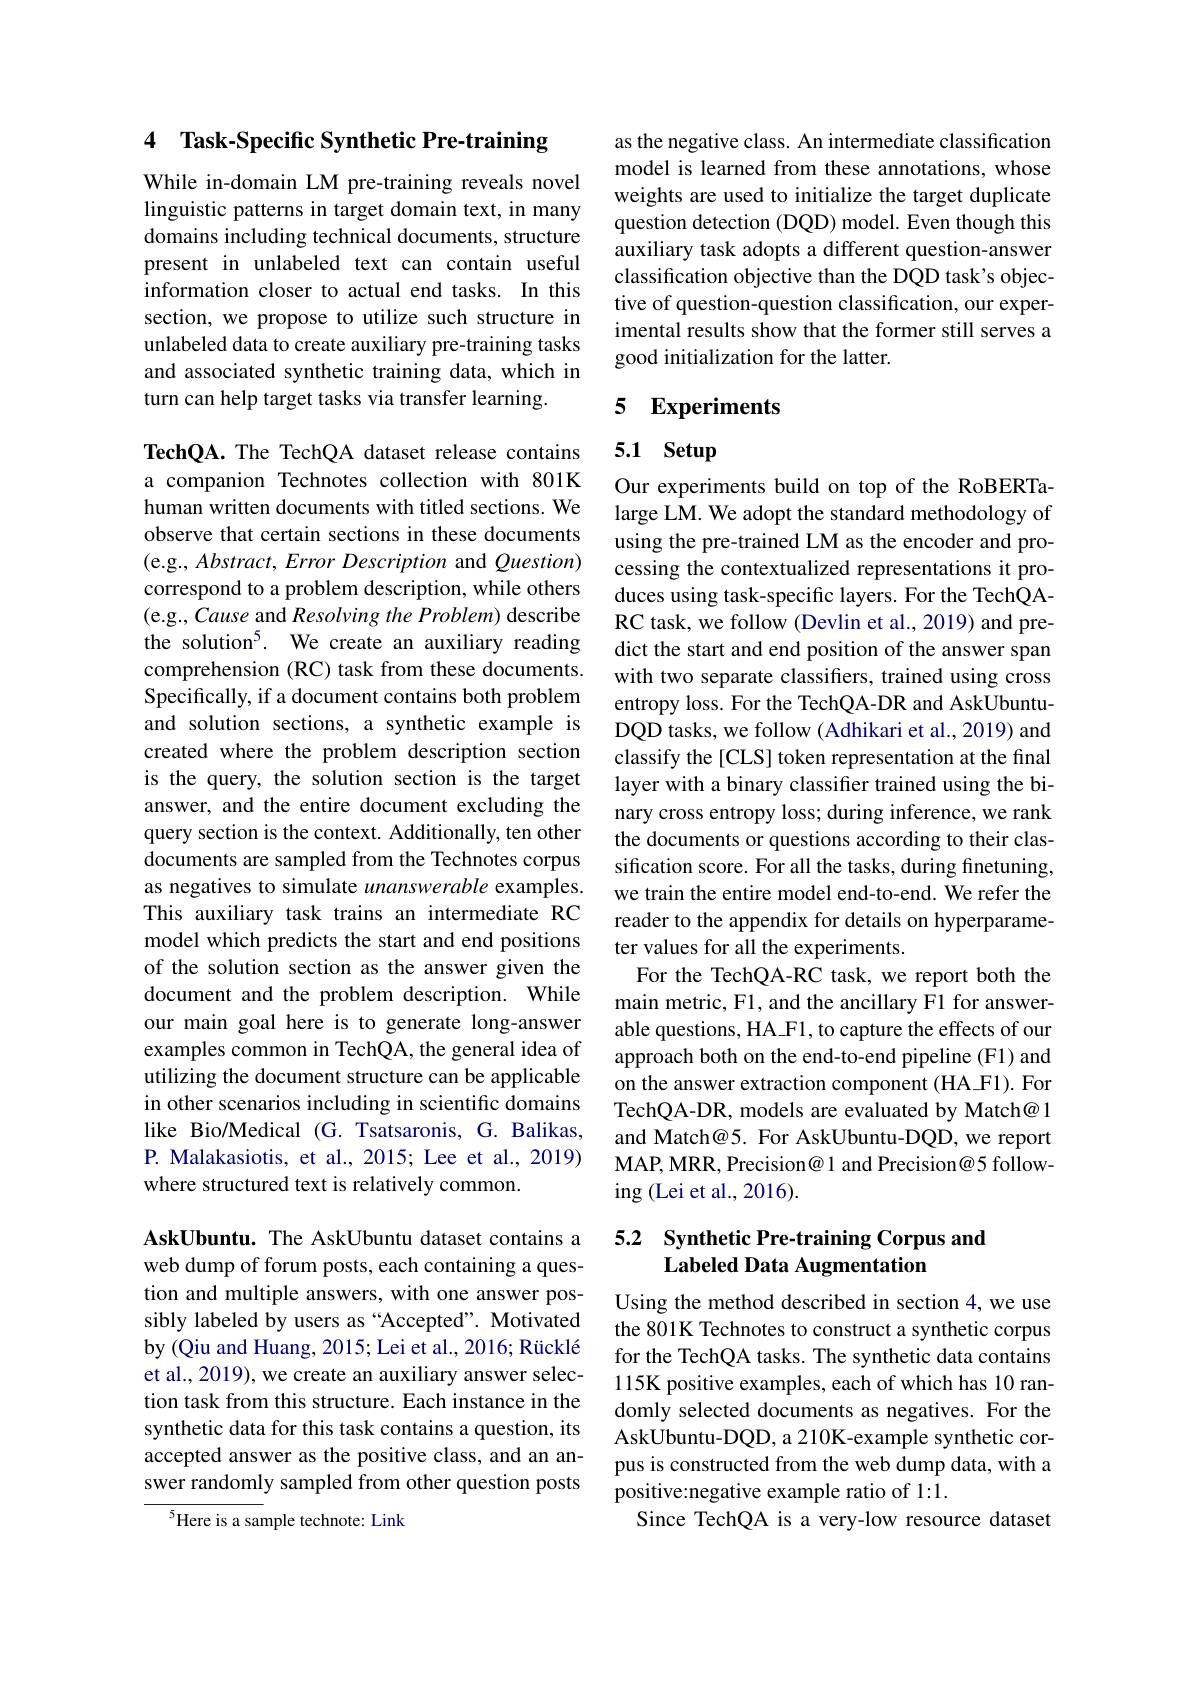
## 4 Task-Specific Synthetic Pre-training

While in-domain LM pre-training reveals novel linguistic patterns in target domain text, in many domains including technical documents, structure present in unlabeled text can contain useful information closer to actual end tasks. In this section, we propose to utilize such structure in unlabeled data to create auxiliary pre-training tasks and associated synthetic training data, which in turn can help target tasks via transfer learning.

TechQA. The TechQA dataset release contains a companion Technotes collection with 801K human written documents with titled sections. We observe that certain sections in these documents (e.g., Abstract, Error Description and Question) correspond to a problem description, while others (e.g., Cause and Resolving the Problem) describe the solution$^{5}.$ We create an auxiliary reading comprehension (RC) task from these documents. Specifically, if a document contains both problem and solution sections, a synthetic example is created where the problem description section is the query, the solution section is the target answer, and the entire document excluding the query section is the context. Additionally, ten other documents are sampled from the Technotes corpus as negatives to simulate unanswerable examples. This auxiliary task trains an intermediate RC model which predicts the start and end positions of the solution section as the answer given the document and the problem description. While our main goal here is to generate long-answer examples common in TechQA, the general idea of utilizing the document structure can be applicable in other scenarios including in scientific domains like Bio/Medical (G. Tsatsaronis, G. Balikas, P. Malakasiotis, et al., 2015; Lee et al., 2019) where structured text is relatively common.

AskUbuntu. The AskUbuntu dataset contains a web dump of forum posts, each containing a question and multiple answers, with one answer possibly labeled by users as “Accepted”. Motivated by (Qiu and Huang, 2015; Lei et al., 2016; Rücklé et al., 2019), we create an auxiliary answer selection task from this structure. Each instance in the synthetic data for this task contains a question, its accepted answer as the positive class, and an answer randomly sampled from other question posts

$^{5}$Here is a sample technote: Link

as the negative class. An intermediate classification model is learned from these annotations, whose weights are used to initialize the target duplicate question detection (DQD) model. Even though this auxiliary task adopts a different question-answer classification objective than the DQD task's objective of question-question classification, our experimental results show that the former still serves a good initialization for the latter.

# 5 Experiments

# 5.1 Setup

Our experiments build on top of the RoBERTalarge LM. We adopt the standard methodology of using the pre-trained LM as the encoder and processing the contextualized representations it produces using task-specific layers. For the TechQARC task, we follow (Devlin et al., 2019) and predict the start and end position of the answer span with two separate classifiers, trained using cross entropy loss. For the TechQA-DR and AskUbuntuDQD tasks, we follow (Adhikari et al., 2019) and classify the [CLS] token representation at the final layer with a binary classifier trained using the binary cross entropy loss; during inference, we rank the documents or questions according to their classification score. For all the tasks, during finetuning, we train the entire model end-to-end. We refer the reader to the appendix for details on hyperparameter values for all the experiments.
For the TechQA-RC task, we report both the main metric, F1, and the ancillary F1 for answerable questions, HA\_F1, to capture the effects of our approach both on the end-to-end pipeline (F1) and on the answer extraction component (HA\_F1). For TechQA-DR, models are evaluated by Match@ 1 and Match@5. For AskUbuntu-DQD, we report MAP, MRR, Precision@ 1 and Precision@5 following (Lei et al., 2016).

## 5.2 Synthetic Pre-training Corpus and Labeled Data Augmentation

Using the method described in section 4, we use the 801K Technotes to construct a synthetic corpus for the TechQA tasks. The synthetic data contains 115K positive examples, each of which has 10 randomly selected documents as negatives. For the AskUbuntu-DQD, a 210K-example synthetic corpus is constructed from the web dump data, with a positive:negative example ratio of 1:1.
Since TechQA is a very-low resource dataset